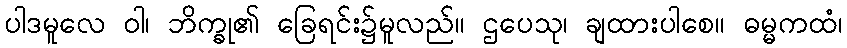
ပါဒမူလေ ဝါ၊ ဘိက္ခု၏ ခြေရင်း၌မူလည်။ ဌပေသု၊ ချထားပါစေ။ ဓမ္မကထံ၊